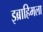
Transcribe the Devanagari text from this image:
इब्राहिमला